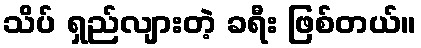
သိပ် ရှည်လျားတဲ့ ခရီး ဖြစ်တယ်။